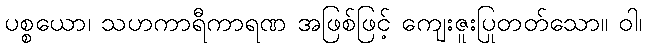
ပစ္စယော၊ သဟကာရီကာရဏ အဖြစ်ဖြင့် ကျေးဇူးပြုတတ်သော။ ဝါ၊